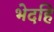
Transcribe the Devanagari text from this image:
भेदहि